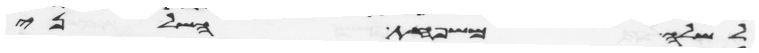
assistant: לשלה משפחת השלני